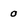
Character: O